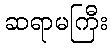
ဆရာမကြီး